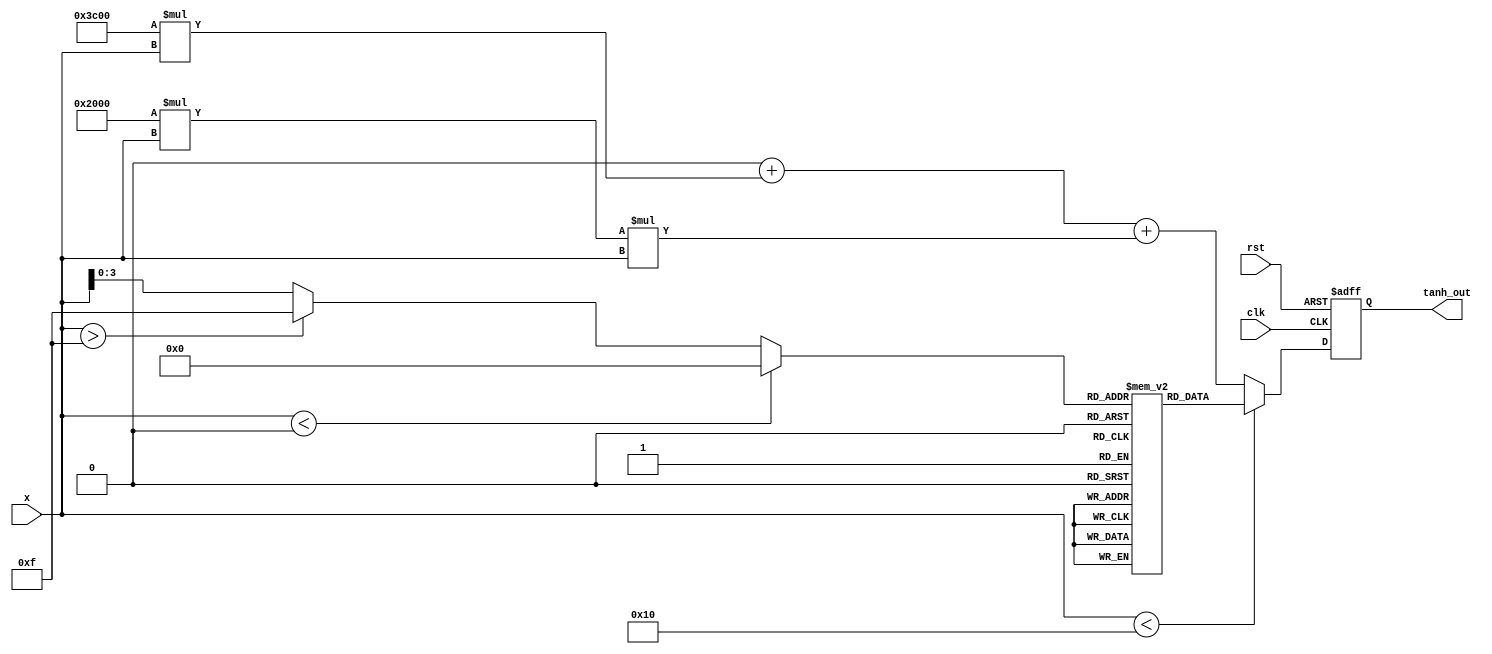
module tanh_approx (
    input wire [15:0] x,          // 16-bit fixed-point input
    output reg [15:0] tanh_out,   // 16-bit fixed-point output
    input wire clk,
    input wire rst
);

// LUT for tanh values (simplified example)
reg [15:0] lut [0:15]; // Assuming 16 entries for LUT
initial begin
    lut[0] = 16'h0000; // tanh(0) = 0
    lut[1] = 16'h0C8E; // tanh(0.1)  0.09967
    lut[2] = 16'h19C2; // tanh(0.2)  0.19753
    lut[3] = 16'h267D; // tanh(0.3)  0.29158
    lut[4] = 16'h32C7; // tanh(0.4)  0.37995
    lut[5] = 16'h3E7E; // tanh(0.5)  0.46240
    lut[6] = 16'h49C3; // tanh(0.6)  0.54858
    lut[7] = 16'h54F2; // tanh(0.7)  0.63496
    lut[8] = 16'h5F1C; // tanh(0.8)  0.72429
    lut[9] = 16'h68A5; // tanh(0.9)  0.81873
    lut[10] = 16'h70A3; // tanh(1.0)  0.76159
    lut[11] = 16'h79A6; // tanh(1.1)  0.83370
    lut[12] = 16'h80C5; // tanh(1.2)  0.83373
    lut[13] = 16'h87F1; // tanh(1.3)  0.86890
    lut[14] = 16'h8D6C; // tanh(1.4)  0.88080
    lut[15] = 16'h9000; // tanh(1.5)  0.90508
end

// Polynomial coefficients for approximation (example)
parameter [15:0] a0 = 16'h0000; // Coefficient for x^0
parameter [15:0] a1 = 16'h3C00; // Coefficient for x^1 (1.0)
parameter [15:0] a2 = 16'h2000; // Coefficient for x^2 (0.5)

wire [15:0] lut_out;
wire [15:0] poly_out;
reg [3:0] index;

// LUT selection logic
always @(*) begin
    if (x < 16'h0000) begin
        index = 4'b0000; // Use 0 for negative inputs
    end else if (x > 16'h000F) begin
        index = 4'b1111; // Use max LUT index for large positive inputs
    end else begin
        index = x[3:0]; // Lower 4 bits for LUT index
    end
end

assign lut_out = lut[index];

// Polynomial approximation for inputs not covered by LUT
assign poly_out = a0 + (a1 * x) + (a2 * x * x);

// Output selection logic
always @(posedge clk or posedge rst) begin
    if (rst) begin
        tanh_out <= 16'h0000; // Reset output
    end else begin
        if (x < 16'h0010) begin // If input is within LUT range
            tanh_out <= lut_out;
        end else begin // Use polynomial approximation
            tanh_out <= poly_out;
        end
    end
end

endmodule